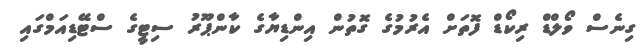
ގިނެސް ވޯލްޑް ރިކޯޑް ފޮތަށް އެރުމުގެ ގޮތުން އިންޑިޔާގެ ކާންޕޫރު ސިޓީގެ ސްޓޭޑިއަމްގައި